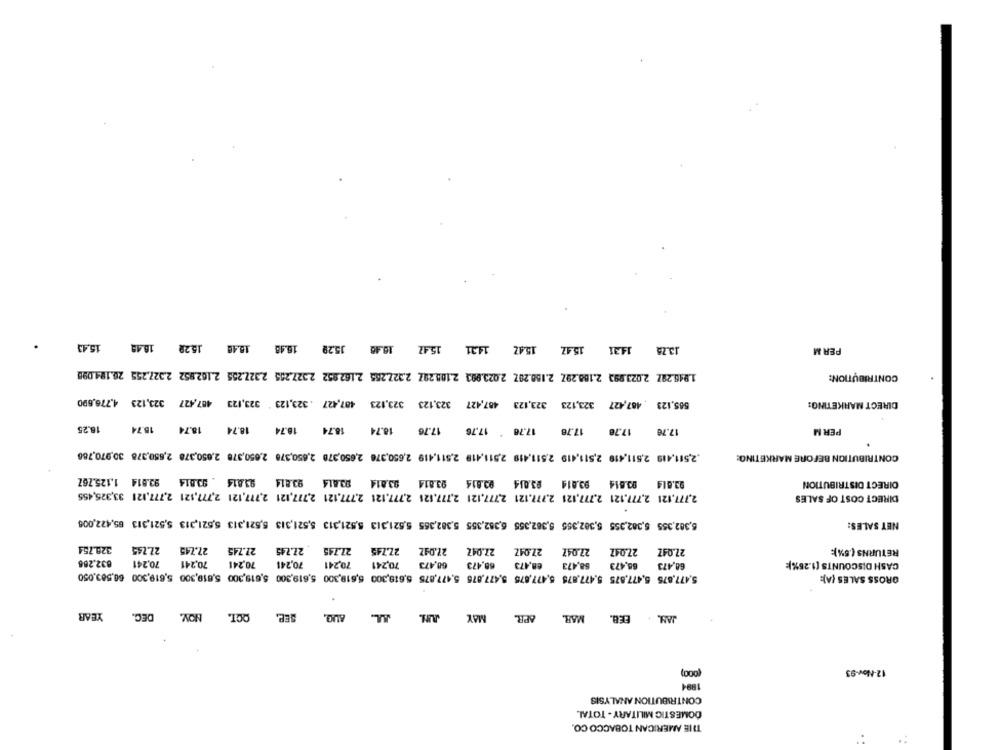
15.43
15.28 16.48
15.29 16.48 18.40
15.47 154Z 1431 15.47
16.46
13.78 14.31
PERM
1.945.28Z 2.023.993 2.168.29Z. 2.150.20Z 2.023.993 2.108.29Z 2.32Z.255 2.162.952 2.327.255 2.327.255 2.162.852 2.327.255 26.194.098
CONTRIBUTION:
585,123 487,427 323,123 323,123 487,427 323,123 323,123 487,427 .323,123 * 323,123 487,427 323,123 4.776,690
DIRECT MARKETING:
8.25
15.74
18.74
18.74
18.74
18.74
18.74
17.76
17.78 17.76
17.78
PER M
17.78
17.70
.2,511,419 2,511,419 2,511,419 2,511,419 2,511,419 2,511,419 2,650,376 2,650,378 2,650,378 2,650,378 2,650,378 2,650,378 30,970,788
CONTRIBUTION BEFORE MARKETING:
93.614 93.014 83.014 93.814 93.814 93.814 83.614 93.814 93.814 . 93.814 93.814 1.125.767
93.614
DIRECT DISTRIBUTION
2.777,121 2,777,121 2,777,121 2.777,121 2,777,121 2,777,126 2,777,121 2,777,121 2,777,121 2,777,121 2,777,121 2,777,121 33,325,455
DIRECT COST OF SALES
5,382,355 5,382,355 5,382,355 5,362,355 6,352,355 5,382,355 5,521,313 5,521,313 5,521,313 5,521,313 5,521,313 5,521,313 65,422,006
NET SALES:
328.754
22.745
27.745
27.745
27.745
27.745
22.745
22.04Z
27.04Z
27.04Z
27.047
27.047
27.047
RETURNS (.5%):
832.266
70,241
70,241
70,241
70,241
70,241
70,241
68,473
68.473
68,473
68,473
68.473
60,473
CASH DISCOUNTS [1.26%):
5,477,875 5,477,875 5,477,875 5,477,675 5,477,875 5,477,875 5,619,300 5,618,300 5,619,300 5,619,300 5,619,300 5,619,300 60,583,050
GROSS SALES (A):
YEAR
DEC.
OCT. NOV.
SEP.
AUQ.
MAY JUN.
APR.
MAR
JAM, . FEB.
12-Nov-93
1894
CONTRIBUTION ANALYSIS
DOMESTIC MILITARY - TOTAL
THE AMERICAN TOBACCO CO.
..